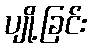
ပျို့ခြင်း